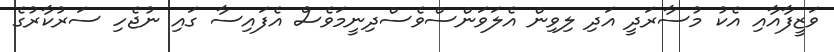
ވަޒީފާއާއި އެކު މުސާރަދީ އަދި ލިވިން އެލަވަންސްވެސްދިނީމަވެސް އެފައިސާ ގައި ނުޖެހި ސަރުކާރުގެ